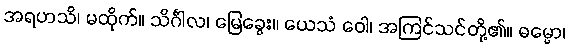
အရဟသိ၊ မထိုက်။ သိင်္ဂါလ၊ မြေခွေး။ ယေသံ ဝေါ၊ အကြင်သင်တို့၏။ ဓမ္မော၊